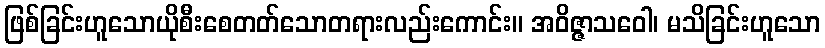
ဖြစ်ခြင်းဟူသောယိုစီးစေတတ်သောတရားလည်းကောင်း။ အဝိဇ္ဇာသဝေါ၊ မသိခြင်းဟူသော